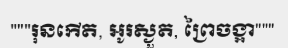
"""រុនកើត, អូរស្ងួត, ព្រៃចង្អា"""